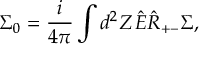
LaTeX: \Sigma _ { 0 } = \frac { i } { 4 \pi } \int d ^ { 2 } Z \, \hat { E } \hat { R } _ { + - } \Sigma ,